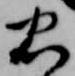
忠